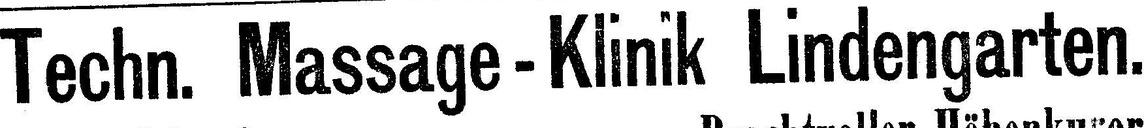
Techn. Massage - Klinik Lindengarten.